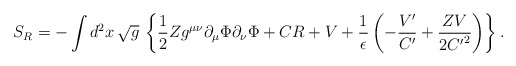
\begin{align*}S_R = - \int d^2x\,\sqrt{g}\,\left\{ \frac{1}{2} Zg^{\mu\nu}\partial_\mu \Phi \partial_\nu \Phi + CR +V +\frac{1}{\epsilon}\left( - \frac{V'}{C'} + \frac{ZV}{2{C'}^2} \right) \right\}.\end{align*}